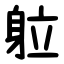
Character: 䠴